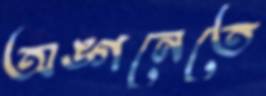
অঙ্গনেতে